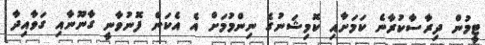
ޓީމުން ދިރާސާކުރާނެ ކަމަށާއި ކޮމިޝަނުގެ ނިންމުމަށް އެ އެކަން ފޮނުވާނީ ގާނޫނާއި ގަވާއިދާ